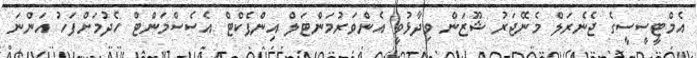
އެމްޓީސީސީގެ ޖެނެރަލް މެނޭޖަރު ޝޫޒަން ވިދާޅުވީ އެންވަރުމަންޓަލް އިންޕެކްޓް އެސެސްމަންޓް ހެދުމަށްފަހު އަންނަ